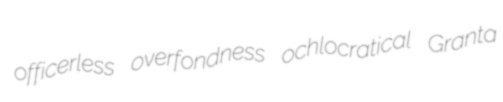
officerless overfondness ochlocratical Granta